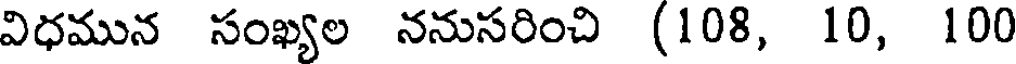
విధమున సంఖ్యల ననుసరించి (108, 10, 100